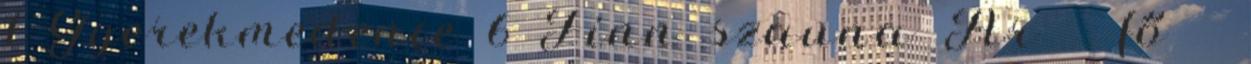
1 Gyerekmedence 6 Finn szauna Ár fő